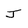
Character: j